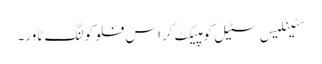
سٹینلیس سٹیل کومپیکٹ کراس فلو کولنگ ٹاور۔